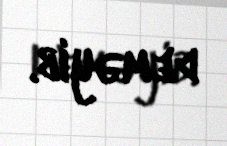
deməyib.